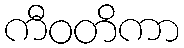
ကီဝတိကာ